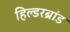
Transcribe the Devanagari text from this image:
हिल्डरब्रांड